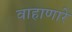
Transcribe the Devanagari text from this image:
वाहाणारे